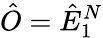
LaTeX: \hat{O}=\hat{E}_{1}^{N}